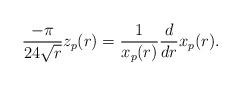
LaTeX: \begin{align*}\frac{-\pi}{24\sqrt{r}}z_p(r)=\frac{1}{x_p(r)}\frac{d}{dr}x_p(r).\end{align*}